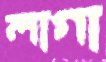
লাগা